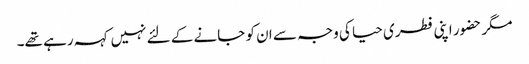
مگر حضور اپنی فطری حیا کی وجہ سے ان کو جانے کے لئے نہیں کہہ رہے تھے۔